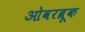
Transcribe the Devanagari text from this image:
ओवरब्रूक